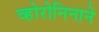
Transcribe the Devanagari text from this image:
व्होरोनिनाने